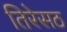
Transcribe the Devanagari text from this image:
तिरेसठ